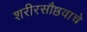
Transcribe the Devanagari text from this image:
शरीरसौष्ठवाचे